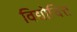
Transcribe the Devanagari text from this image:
विद्योचित्त